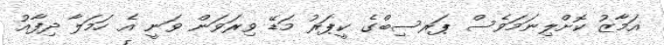
އަމާޒު ކޮށްލިނަމަވެސް ޕަރސިބްގެ ކީޕަރު މަޑޭ ވިރަވަން ވަނީ އެ ހަމަލާ ދިފާއު